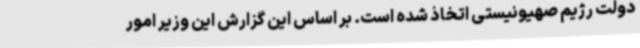
دولت رژیم صهیونیستی اتخاذ شده است. بر اساس این گزارش این وزیر امور